Document type: Emphyteutic lease
Year: 1316
Scribe: Guillem de Vila
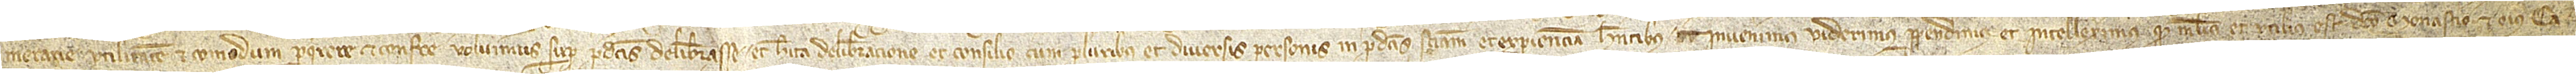
merarie utilitatem et comodum perquirere et conferre voluerimus super predictis deliberasse; et habita deliberacione et consilio cum pluribus et diversis personis in predictis scienciam et experienciam habentibus, invenerimus, viderimus, perpenderimus et intellexerimus quod melius et utilius est dicto monasterio et eius ca-